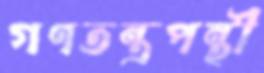
গণতন্ত্রপন্থী